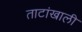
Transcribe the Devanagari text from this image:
ताटांखाली